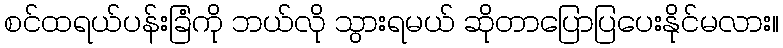
စင်ထရယ်ပန်းခြံကို ဘယ်လို သွားရမယ် ဆိုတာပြောပြပေးနိုင်မလား။